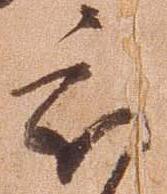
被